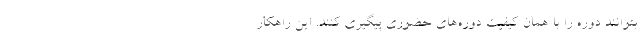
بتوانند دوره را با همان کیفیت دوره‌های حضوری پیگیری کنند. این راهکار